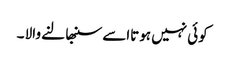
کوئی نہیں ہوتااسے سنبھا لنے والا ۔